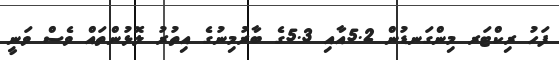
ފަހު ރިކްޓަރ މިންގަނޑުން 5.2އާއި 5.3ގެ ބާރުމިނުގެ އިތުރު ލޮޅުންތައް ވެސް ވަނީ